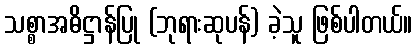
သစ္စာအဓိဋ္ဌာန်ပြု (ဘုရားဆုပန်) ခဲ့သူ ဖြစ်ပါတယ်။